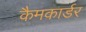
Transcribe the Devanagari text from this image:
कैमकार्डर